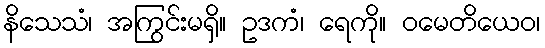
နိသေသံ၊ အကြွင်းမရှိ။ ဥဒကံ၊ ရေကို။ ဝမေတိယေဝ၊